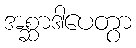
အစ္ဆာဒါပေတွာ